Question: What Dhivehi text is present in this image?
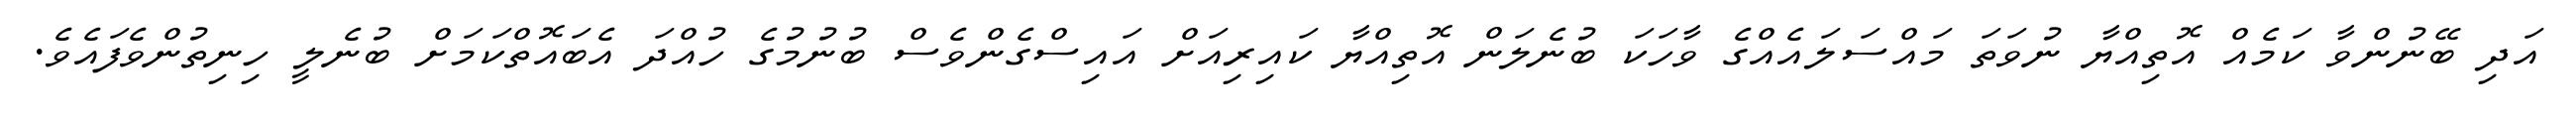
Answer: އަދި ބޭނުންވާ ކަމެއް އޮތިއްޔާ ނުވަތަ މައްސަލައެއްގެ ވާހަކަ ބުނެލަން އޮތިއްޔާ ކައިރިއަށް އައިސްގެންވެސް ބުނުމުގެ ހުއްދަ އެބައޮތްކަމަށް ބުނެލީ ހިނިތުންވެފައެވެ.